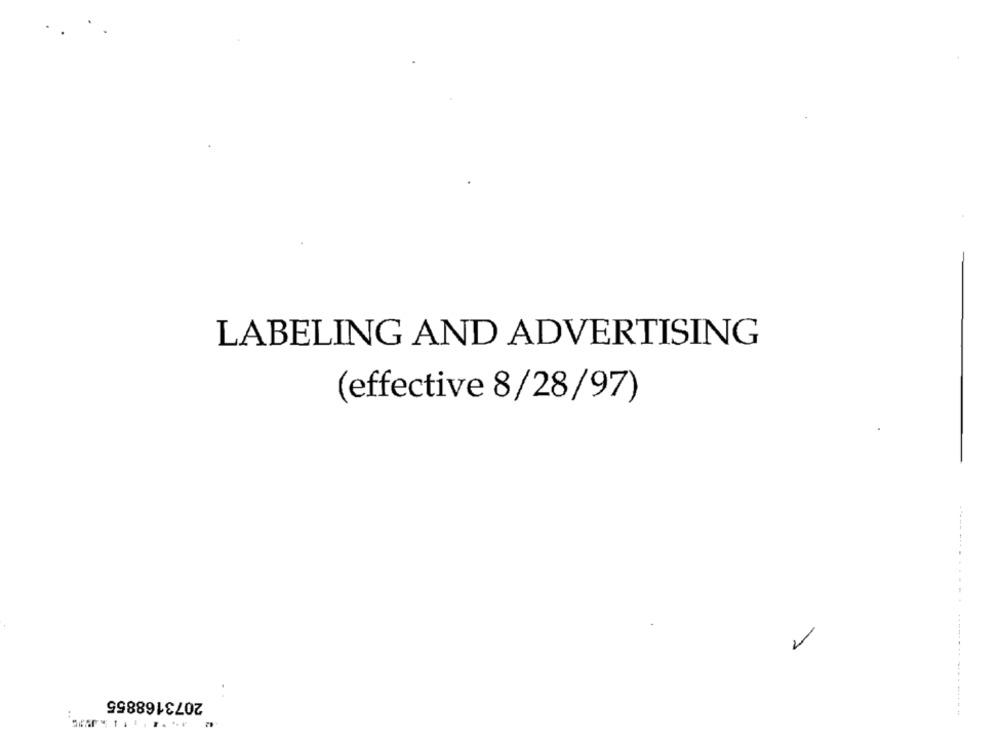
LABELING AND ADVERTISING
(effective 8/28/97)
..........
2073168855
--------